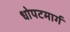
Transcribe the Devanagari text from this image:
धोपटमार्ग